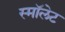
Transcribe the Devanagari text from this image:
स्माॅलेट